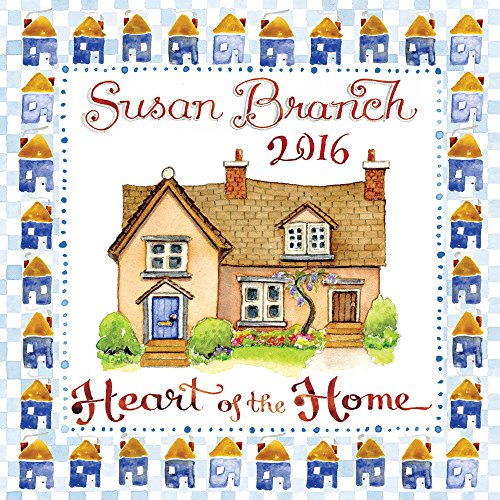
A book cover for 2016 Susan Branch Mini Calendar; Susan Branch; Calendars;